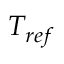
T _ { r e f }